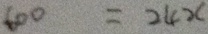
6 0 0 = 2 4 x